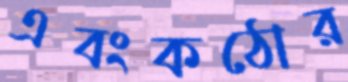
এবংকঠোর